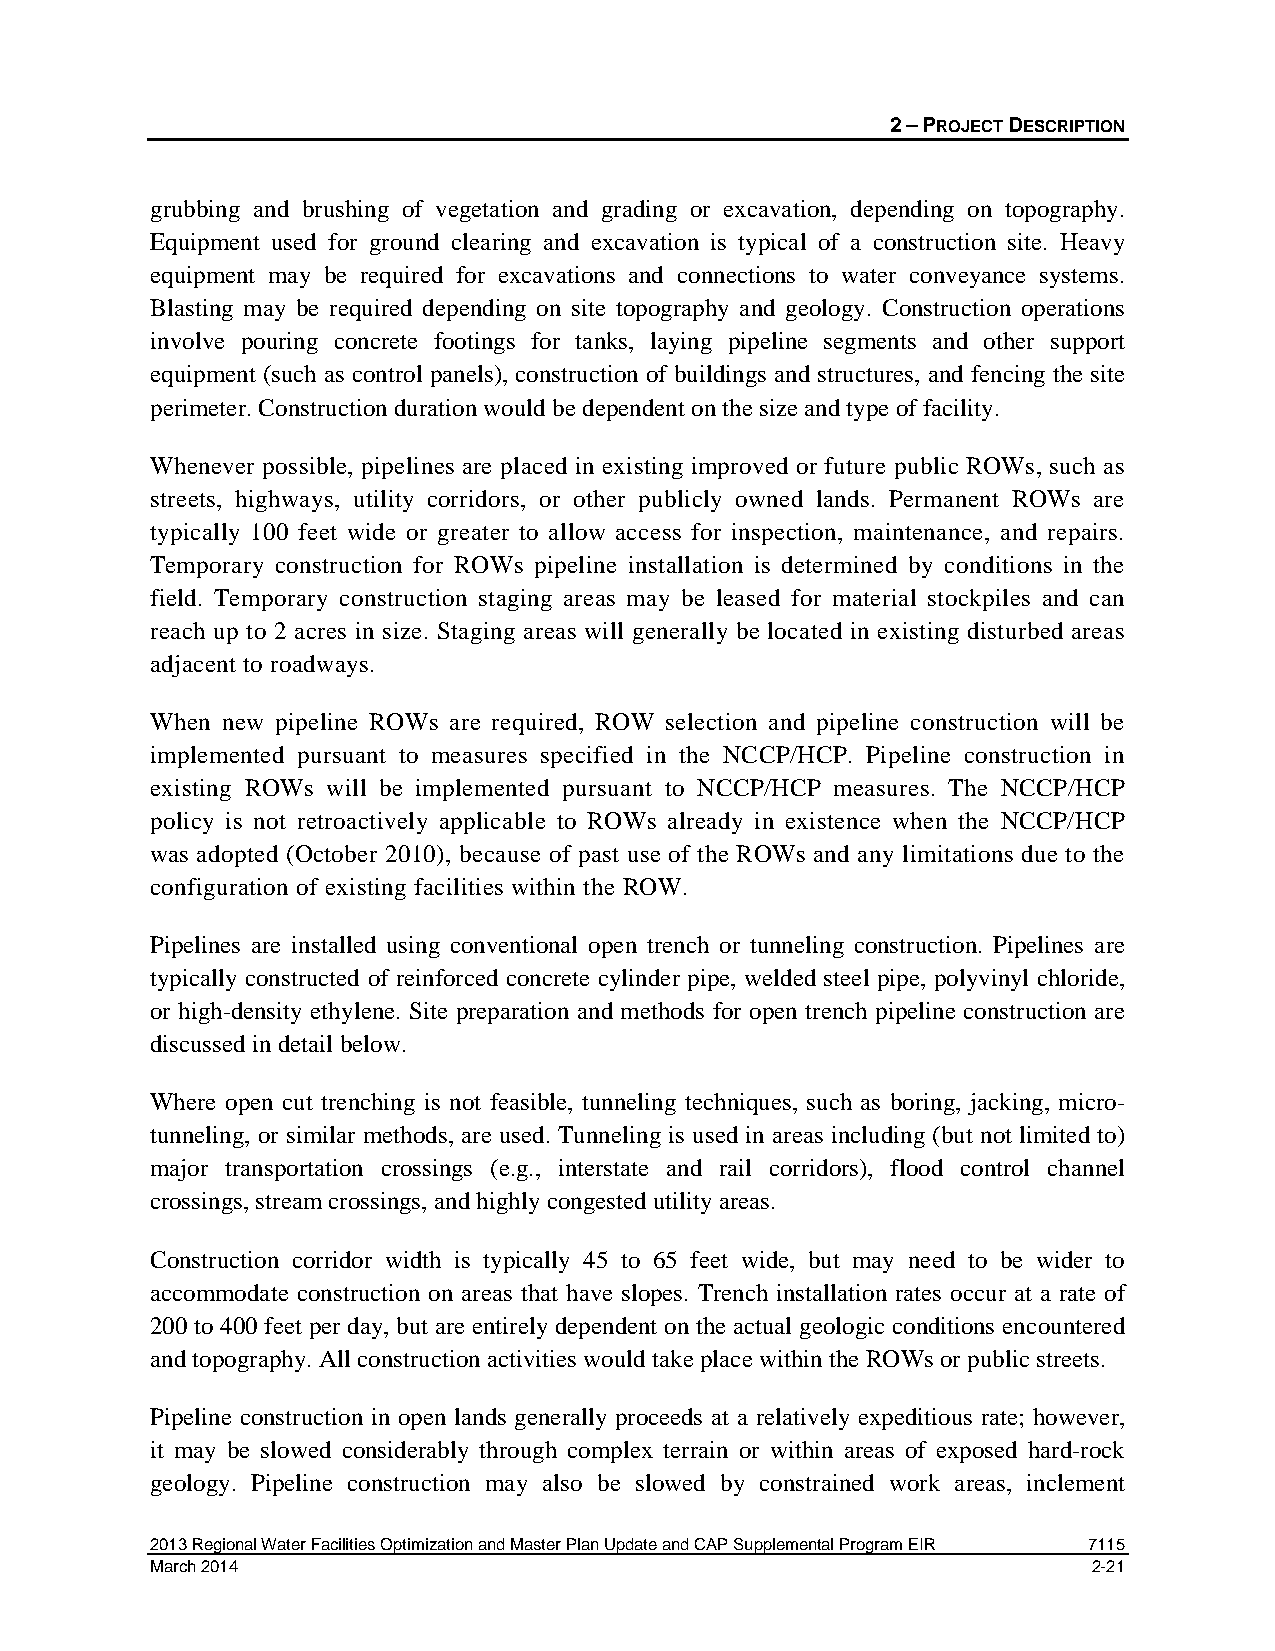
2 – PROJECT DESCRIPTION
 grubbing and brushing of vegetation and grading or excavation, depending on topography.
 Equipment used for ground clearing and excavation is typical of a construction site. Heavy
 equipment may be required for excavations and connections to water conveyance systems.
 Blasting may be required depending on site topography and geology. Construction operations
 involve pouring concrete footings for tanks, laying pipeline segments and other support
 equipment (such as control panels), construction of buildings and structures, and fencing the site
 perimeter. Construction duration would be dependent on the size and type of facility.
 Whenever possible, pipelines are placed in existing improved or future public ROWs, such as
 streets, highways, utility corridors, or other publicly owned lands. Permanent ROWs are
 typically 100 feet wide or greater to allow access for inspection, maintenance, and repairs.
 Temporary construction for ROWs pipeline installation is determined by conditions in the
 field. Temporary construction staging areas may be leased for material stockpiles and can
 reach up to 2 acres in size. Staging areas will generally be located in existing disturbed areas
 adjacent to roadways.
 When new pipeline ROWs are required, ROW selection and pipeline construction will be
 implemented pursuant to measures specified in the NCCP/HCP. Pipeline construction in
 existing ROWs will be implemented pursuant to NCCP/HCP measures. The NCCP/HCP
 policy is not retroactively applicable to ROWs already in existence when the NCCP/HCP
 was adopted (October 2010), because of past use of the ROWs and any limitations due to the
 configuration of existing facilities within the ROW.
 Pipelines are installed using conventional open trench or tunneling construction. Pipelines are
 typically constructed of reinforced concrete cylinder pipe, welded steel pipe, polyvinyl chloride,
 or high-density ethylene. Site preparation and methods for open trench pipeline construction are
 discussed in detail below.
 Where open cut trenching is not feasible, tunneling techniques, such as boring, jacking, micro-
 tunneling, or similar methods, are used. Tunneling is used in areas including (but not limited to)
 major transportation crossings (e.g., interstate and rail corridors), flood control channel
 crossings, stream crossings, and highly congested utility areas.
 Construction corridor width is typically 45 to 65 feet wide, but may need to be wider to
 accommodate construction on areas that have slopes. Trench installation rates occur at a rate of
 200 to 400 feet per day, but are entirely dependent on the actual geologic conditions encountered
 and topography. All construction activities would take place within the ROWs or public streets.
 Pipeline construction in open lands generally proceeds at a relatively expeditious rate; however,
 it may be slowed considerably through complex terrain or within areas of exposed hard-rock
 geology. Pipeline construction may also be slowed by constrained work areas, inclement
 2013 Regional Water Facilities Optimization and Master Plan Update and CAP Supplemental Program EIR 7115
 March 2014                                                    2-21